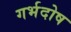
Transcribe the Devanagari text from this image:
गर्भदोष